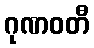
ဂုဏဝတီ